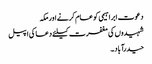
دعوت ابراہیمی کو عام کرنے اور مکہ
شہیدوں کی مغفرت کیلئے دعا کی اپیل
حیدرآباد ۔